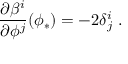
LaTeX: { \frac { \partial \beta ^ { i } } { \partial \phi ^ { j } } } ( \phi _ { * } ) = - 2 \delta _ { j } ^ { i } \ .